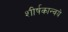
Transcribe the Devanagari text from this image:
शीर्षकान्वये